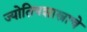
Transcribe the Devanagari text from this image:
ज्योतिषशास्त्राचे